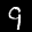
Label: 9